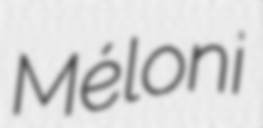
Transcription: Méloni